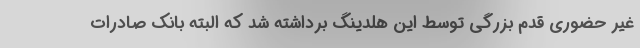
غیر حضوری قدم بزرگی توسط این هلدینگ برداشته شد که البته بانک صادرات